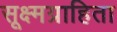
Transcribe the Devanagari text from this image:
सूक्ष्मग्राहिता